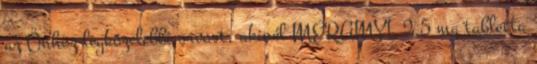
az Önhöz legközelebbi orvost, akinél MERAMYL 2,5 mg tabletta